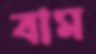
বাম